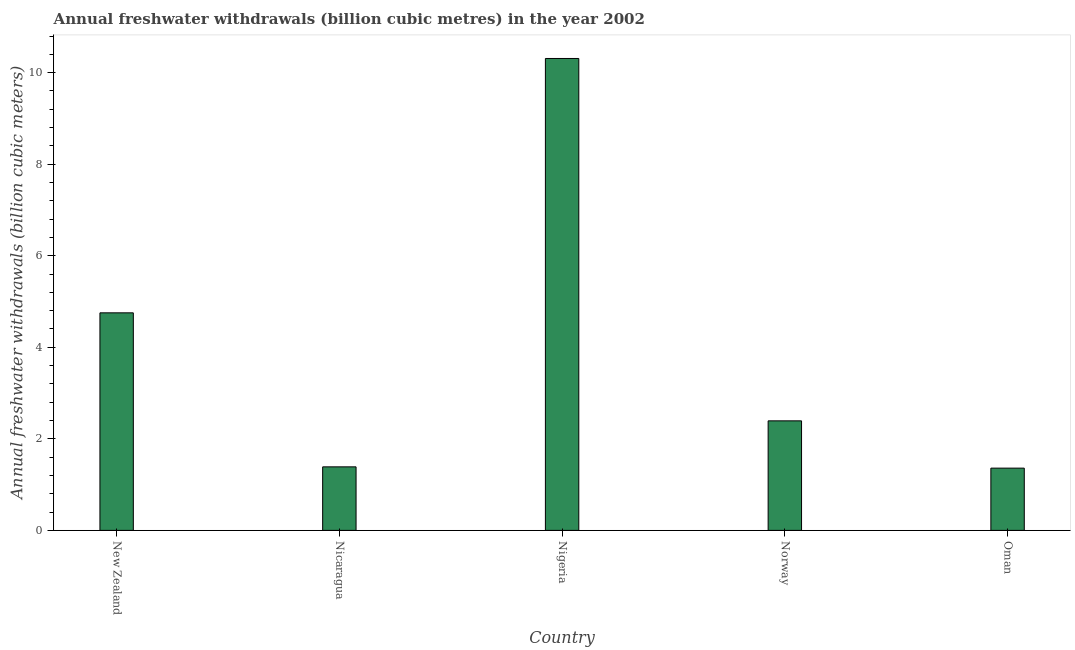
| Country | Annual freshwater withdrawals |
 | --- | --- |
 | New Zealand | 4.75 |
 | Nicaragua | 1.39 |
 | Nigeria | 10.3 |
 | Norway | 2.39 |
 | Oman | 1.36 |